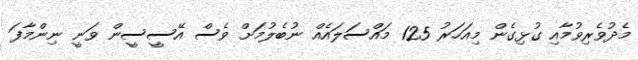
މެދުވެރިވުމާއި ގުޅިގެން މިއަހަރު 125 މައްސަލައެއް ނުބެލުމަށް ވެސް އޭސީސީން ވަނީ ނިންމާފަ